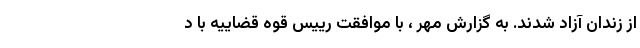
از زندان آزاد شدند. به گزارش مهر ، با موافقت رییس قوه قضاییه با د